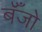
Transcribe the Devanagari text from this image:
बॅँजो